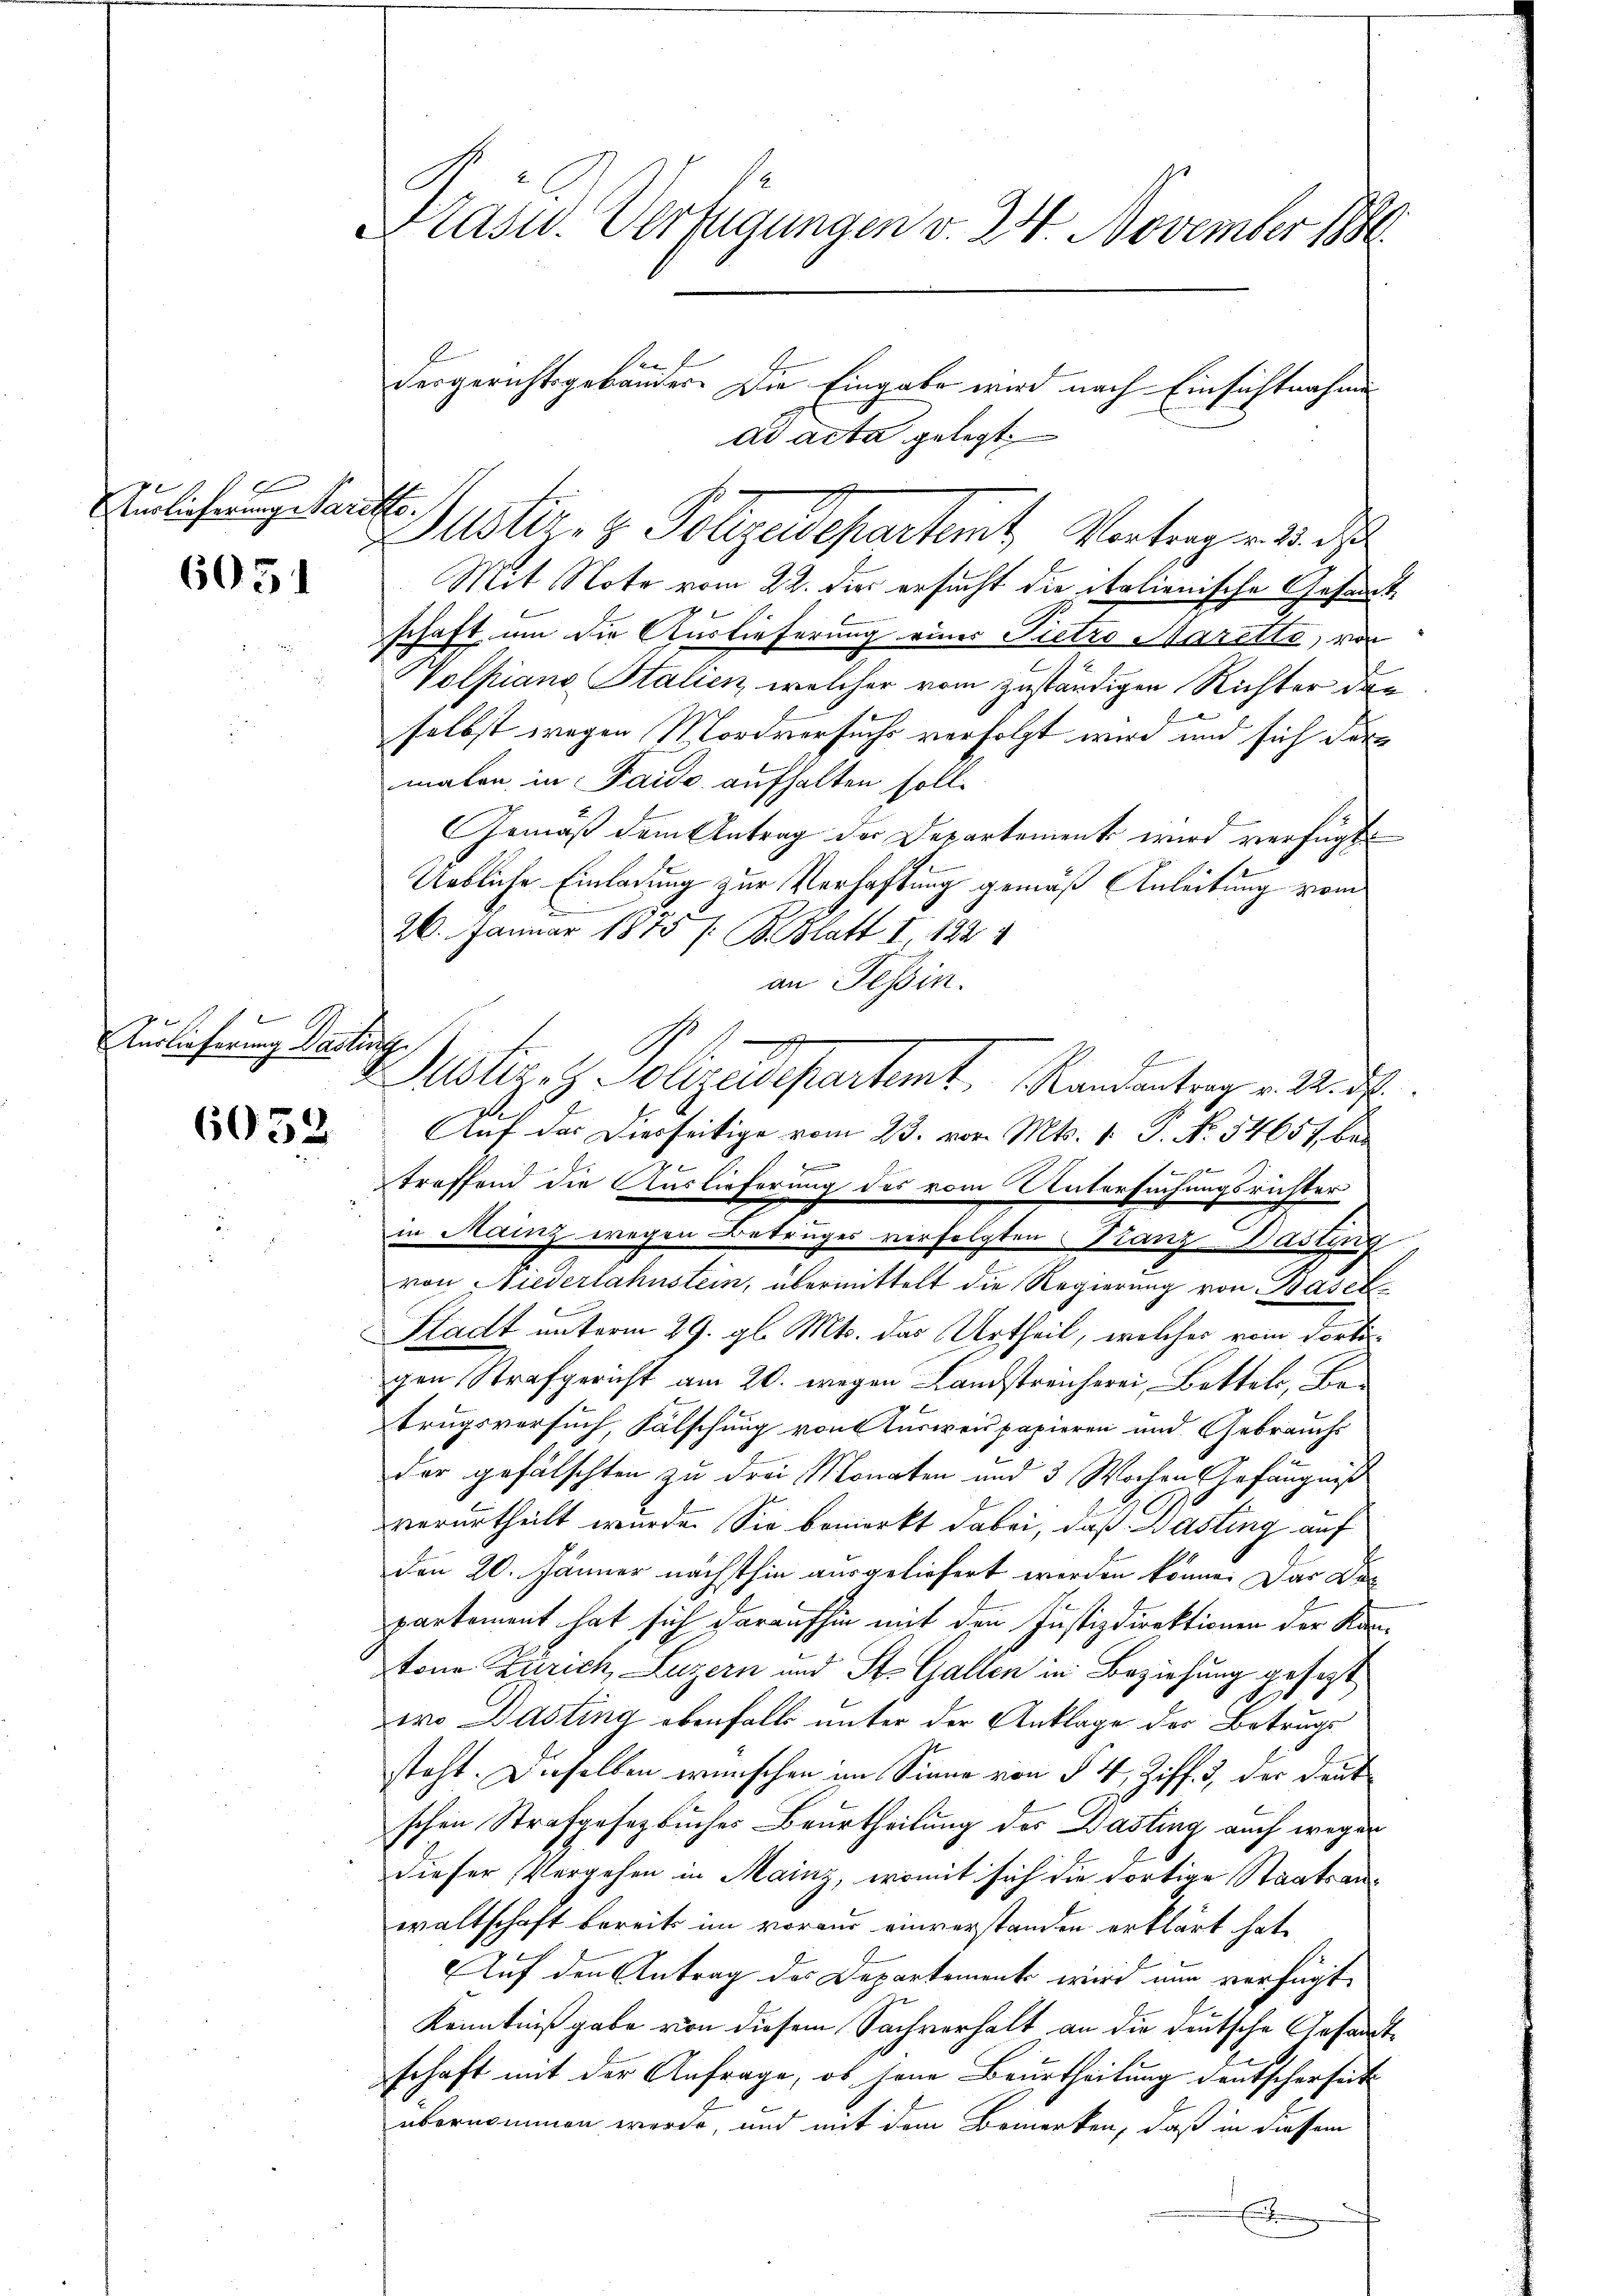
Anglicherung Paristo

6051

Auslieferung Dastinge

6052

Präsid.. Verfügungen v. 24 November 188
en

Dustiz- & Polizeidepartemt, Vertragen 23. d
Mit Note vom 22. die ersucht die italienische Gesandt
schaft um die Auslieferung einer Pietro Marette, von
Volfiano Stalien, welcher vom zuständigen Richter der
selbst wegen Mordversuchs verfolgt wird und sich dermalen in Paido aufhalten soll.
Gemäß dem Antrag der Departement wird verfügt
Uebliche Einladung zur Verhaftung gemäß Anleitung vom
26. Januar 1875 / B. Blatt I. 122
an Tessin.
g
b
Justiz- & Polizeisepartemt Randantrag v. 22. ds.
Auf der Diesseitige vom 23. vor. Mts. 1. P. No. 54657, bei
e
ze
aemen
troffend die Auslieferung des vom Untersuchungsrichter
in Mainz wegen Betruges verfolgten Tanz-Dasting
von Niederlahnstein, übermittelt die Regierung von Basel-
Stadt unterm 29. gl. Mts. das Urtheil, welches vom dortigen Strafgericht am 20. wegen Landstreicherei, Bettels, Betrugsversuch, Fälschung von Ausweispapieren und Gebrauchs
der gefälschten zu drei Monaten und 3 Wochen Gefängniß
verurtheilt wurde. Sie bemerkt dabei, daß Basting auf
den 20. Jänner nächsthin ausgeliefert worden könne. Das Departement hat sich daraufhin mit den Justizdirektionen der Kantone Zürich, Luzern und St. Gallen in Beziehung gesezt
2
zwo Dasting ebenfalls unter der Anklage des Betrugs
steht. Dieselben wünschen im Sinne von § 4, Ziff. 3, der Deut
schen Strafgesetzbuches Beurtheilung des Dasting auch wegen
dieser Vergehen in Mainz, womit sich die fortige Staatsanwaltschaft bereits im voraus einverstanden erklärt hat,
Auf den Antrag des Departement wird nun verfügt
Kenntniß gabe von diesem Sachverhalt an die deutsche Gesandtschaft mit der Anfrage, ob jene Beurtheilung deutscherheit
übernommen werde, und mit dem Bemerken, daß in diesem
E

dergerichtsgebäuder. Die Eingabe wird nach Einsichtnahme
ad acta gelegt.